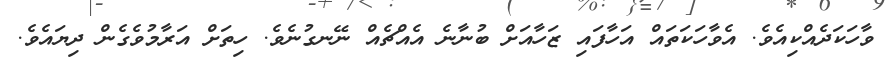
ވާހަކަދެއްކިއެވެ. އެވާހަކަތައް އަހާފައި ޒަހާއަށް ބުނާނެ އެއްޗެއް ނޭނގުނެވެ. ހިތަށް އަރާމުވެގެން ދިޔައެވެ.